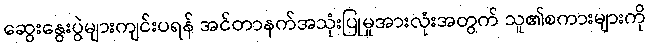
ဆွေးနွေးပွဲများကျင်းပရန် အင်တာနက်အသုံးပြုမှုအားလုံးအတွက် သူ၏စကားများကို